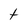
Character: t